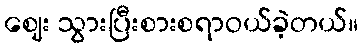
ဈေး သွားပြီးစားစရာဝယ်ခဲ့တယ်။